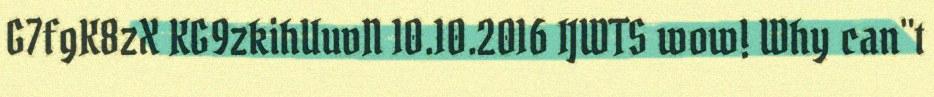
G7fgK8zX KG9zkihUuvN 10.10.2016 IJWTS wow! Why can"t